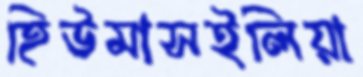
হিউমাসইলিয়া